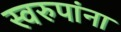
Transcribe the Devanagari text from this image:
स्वरुपांना